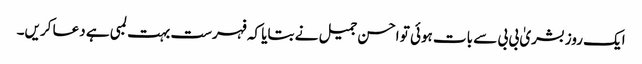
ایک روز بشریٰ بی بی سے بات ہوئی تو احسن جمیل نے بتایا کہ فہرست بہت لمبی ہے دعا کریں۔